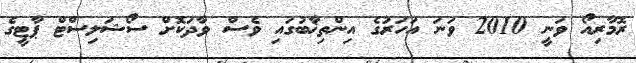
ރޮމާރިއޯ ވަނީ 2010 ވަނަ އަހަރުގެ އިންތިޚާބުގައި ވެސް ވާދަކޮށް ސޯޝަލިސްޓް ޕާޓީގެ